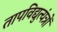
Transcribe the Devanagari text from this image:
तापविद्युत्यंत्रों